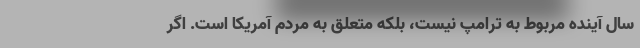
سال آینده مربوط به ترامپ نیست، بلکه متعلق به مردم آمریکا است. اگر